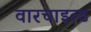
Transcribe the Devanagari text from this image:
वारचाइल्ड